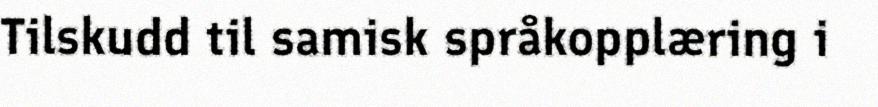
Tilskudd til samisk språkopplæring i